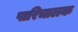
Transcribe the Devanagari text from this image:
पारिचालक